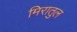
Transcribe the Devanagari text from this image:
मिरातुल